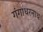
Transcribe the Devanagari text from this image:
गंगाधरनाथ